Scottish Leaving Certificate Examination, 1958
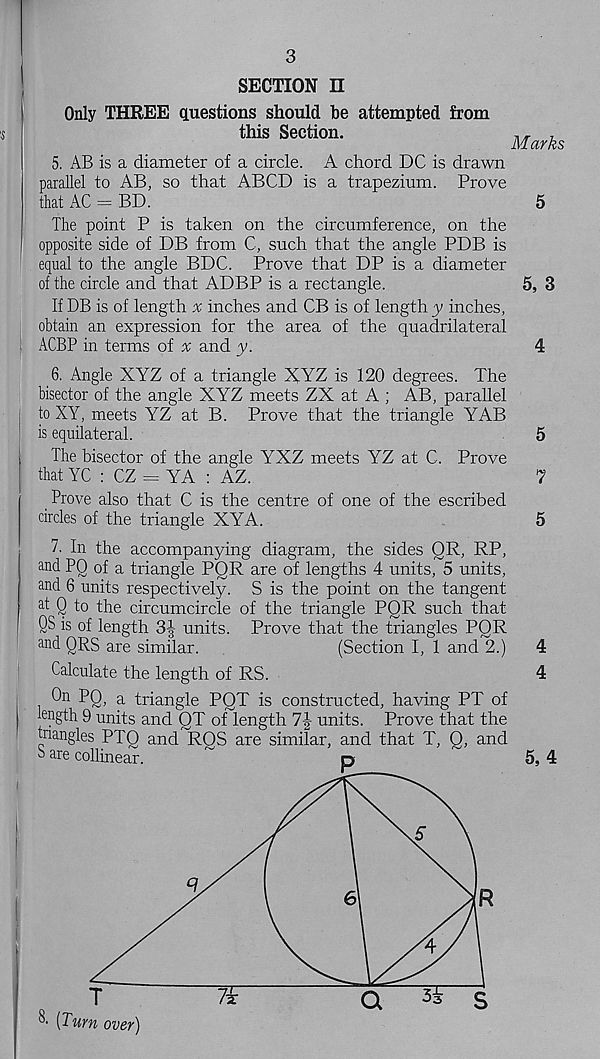
3
SECTION II
Only THREE questions should he attempted from
this Section.
Marks
5. AB is a diameter of a circle. A chord DC is drawn
parallel to AB, so that ABCD is a trapezium. Prove
that AC = BD.
The point P is taken on the circumference, on the
opposite side of DB from C, such that the angle PDB is
equal to the angle BDC. Prove that DP is a diameter
of the circle and that ADBP is a rectangle.
If DB is of length a; inches and CB is of length y inches,
obtain an expression for the area of the quadrilateral
ACBP in terms of x and y.
6. Angle XYZ of a triangle XYZ is 120 degrees. The
bisector of the angle XYZ meets ZX at A ; AB, parallel
to XY, meets YZ at B. Prove that the triangle YAB
is equilateral.
The bisector of the angle YXZ meets YZ at C. Prove
that YC : CZ = YA : AZ.
Prove also that C is the centre of one of the escribed
drcles of the triangle XYA.
7. In the accompanying diagram, the sides QR, RP,
and PQ of a triangle PQR are of lengths 4 units, 5 units,
and 6 units respectively. S is the point on the tangent
at Q to the circumcircle of the triangle PQR such that
QS is of length 3| units. Prove that the triangles PQR
and QRS are similar.
(Section I, 1 and 2.)
Calculate the length of RS.
PQ, a triangle PQT is constructed, having PT of
length 9 units and QT of length 7| units. Prove that the
triangles PTO and RQS are similar, and that T, Q, and
b are collinear.
~
D
5
5, 3
4
5
7
5
4
4
5,4
T
7f
a
35
s
R
^ [Turn over)